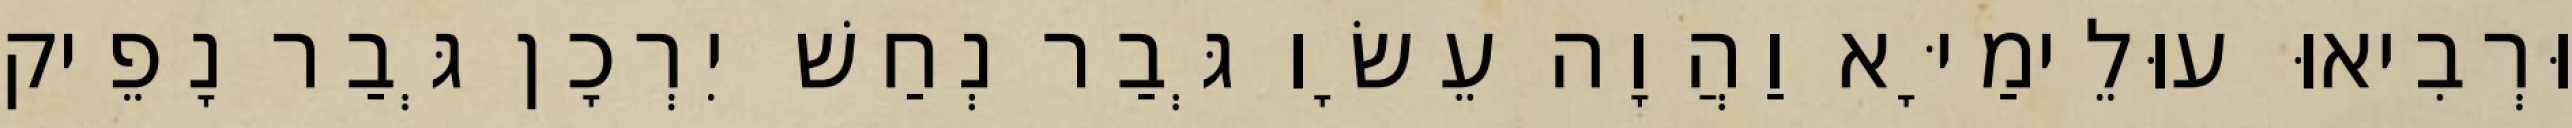
וּרְבִיאוּ עוּלֵימַיָּא וַהֲוָה עֵשָׂו גְּבַר נְחַשׁ יִרְכָן גְּבַר נָפֵיק